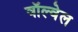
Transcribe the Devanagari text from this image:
वॉल्वेल